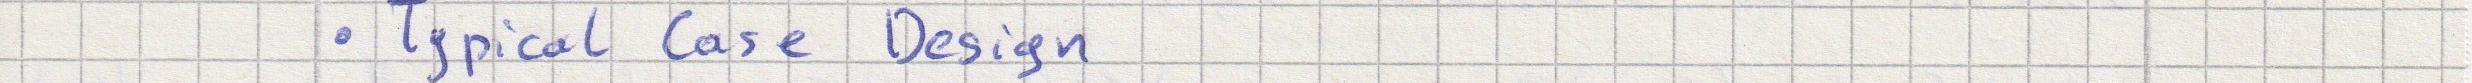
- Typical Case Design